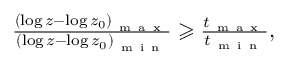
\begin{array} { r } { \frac { \left( \log z - \log z _ { 0 } \right) _ { \mathrm { ~ m ~ a ~ x ~ } } } { \left( \log z - \log z _ { 0 } \right) _ { \mathrm { ~ m ~ i ~ n ~ } } } \geqslant \frac { t _ { \mathrm { ~ m ~ a ~ x ~ } } } { t _ { \mathrm { ~ m ~ i ~ n ~ } } } , } \end{array}